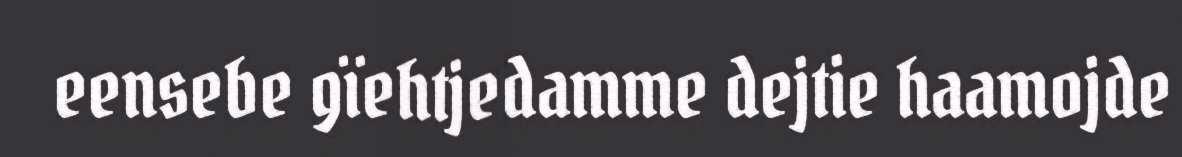
eensebe gïehtjedamme dejtie haamojde